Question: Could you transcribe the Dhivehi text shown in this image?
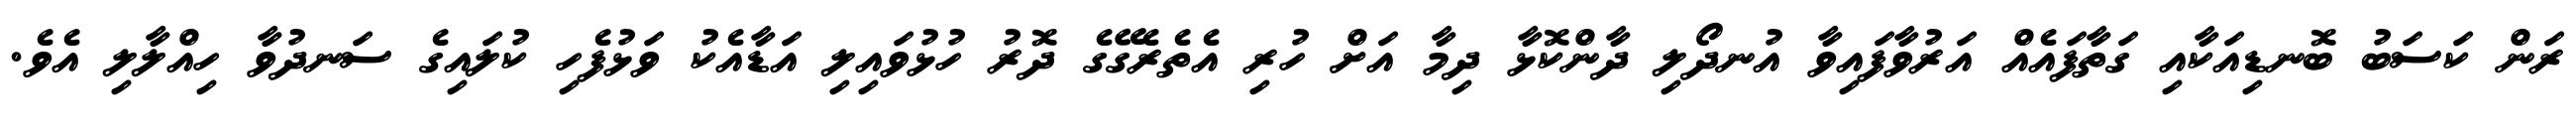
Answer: ރަން ކަސަބު ބޮނޑިއަކާއި ގަތާފައެއް އަރުވާފައިވާ އުނދޯލި ދާންކޮޅާ ދިމާ އަށް ހުރި އެތެރެގޭގެ ދޮރު ހުޅުވައިލި އަޑާއެކު ވަޅުފެހި ކުލައިގެ ސަނދުވާ ހިއްލާލި އެވެ.